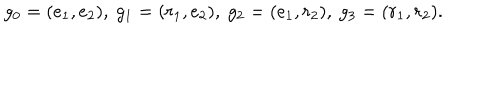
LaTeX: g _ { 0 } = ( e _ { 1 } , e _ { 2 } ) , \ g _ { 1 } = ( r _ { 1 } , e _ { 2 } ) , \ g _ { 2 } = ( e _ { 1 } , r _ { 2 } ) , \ g _ { 3 } = ( r _ { 1 } , r _ { 2 } ) .